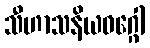
သီဟာသနိယဝဂ္ဂေါ